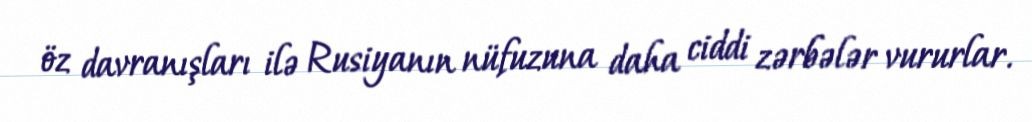
öz davranışları ilə Rusiyanın nüfuzuna daha ciddi zərbələr vururlar.